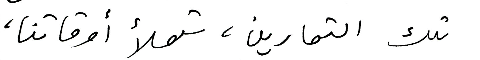
تلك التمارين، تملأ أوقاتنا،